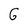
Character: G